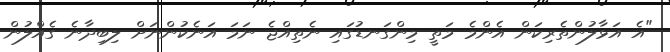
"އެ އަޅާލުންތެރިކަން އެންމެ މަތީ މިންގަނޑުގައި ނެތިއްޖެ ނަމަ އަނެކުންނަށް ލިބިދާނެ ގެއްލުން